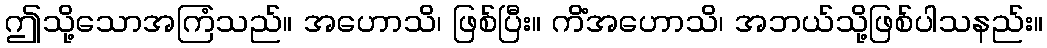
ဤသို့သောအကြံသည်။ အဟောသိ၊ ဖြစ်ပြီး။ ကိံအဟောသိ၊ အဘယ်သို့ဖြစ်ပါသနည်း။